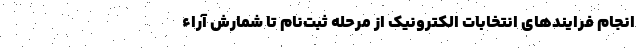
انجام فرایندهای انتخابات الکترونیک از مرحله ثبت‌نام تا شمارش آراء